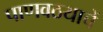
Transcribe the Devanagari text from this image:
पाणवठयाचें